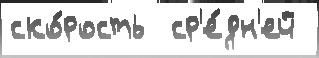
ско́рость  ср'е́дн'ей